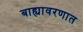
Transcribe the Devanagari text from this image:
बाह्यावरणात